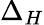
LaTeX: \Delta_{H}